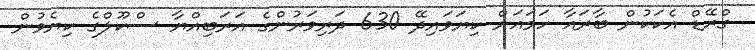
ގްރޭޑް އެކަކުން ބާރައާ ހަމައަށް ކިޔަވައިދޭ 630 ދަރިވަރުންގެ އަރަބިއްޔާ ސްކޫލްގެ ކިޔެވުން